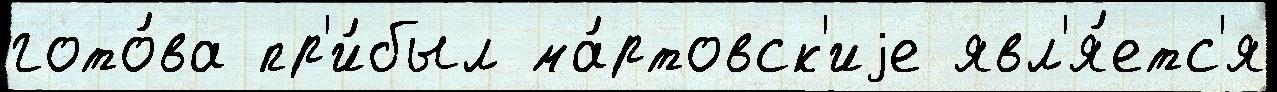
гото́ва пр'и́был ма́ртовск'иjе явл'я́етс'я